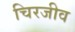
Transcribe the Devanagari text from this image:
चिरजीव